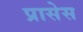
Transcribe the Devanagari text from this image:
प्रासेस